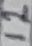
Text: 12